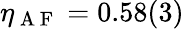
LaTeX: \eta_{\mathrm{~A~F~}}=0.58(3)